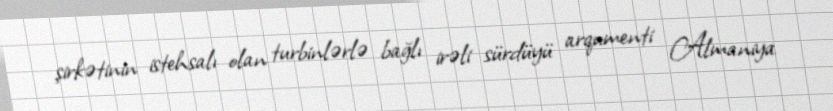
şirkətinin istehsalı olan turbinlərlə bağlı irəli sürdüyü arqumenti Almaniya